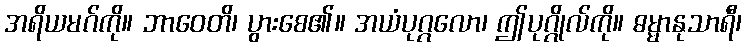
အရိယမဂ်ကို။ ဘာဝေတိ၊ ပွားစေ၏။ အယံပုဂ္ဂလော၊ ဤပုဂ္ဂိုလ်ကို။ ဓမ္မာနုသာရီ၊